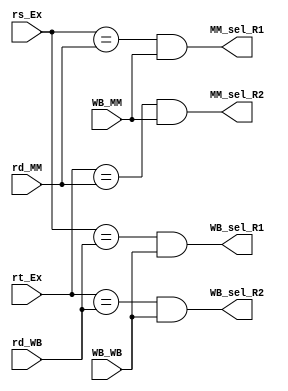
module ForwardingUnit(input [2:0] rs_Ex, rt_Ex, rd_MM, rd_WB, input WB_MM, WB_WB,
					output reg MM_sel_R1, MM_sel_R2, WB_sel_R1, WB_sel_R2);

	initial {MM_sel_R1, MM_sel_R2, WB_sel_R1, WB_sel_R2} = 4'b 0;
	always @(*) begin
		MM_sel_R1 = (rs_Ex == rd_MM) & WB_MM;
		MM_sel_R2 = (rt_Ex == rd_MM) & WB_MM;
		WB_sel_R1 = (rs_Ex == rd_WB) & WB_WB;
		WB_sel_R2 = (rt_Ex == rd_WB) & WB_WB;
	end
endmodule